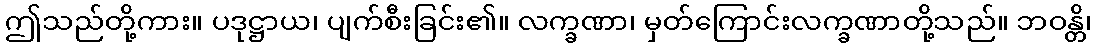
ဤသည်တို့ကား။ ပဒုဋ္ဌာယ၊ ပျက်စီးခြင်း၏။ လက္ခဏာ၊ မှတ်ကြောင်းလက္ခဏာတို့သည်။ ဘဝန္တိ၊